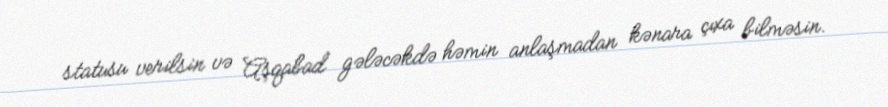
statusu verilsin və Aşqabad gələcəkdə həmin anlaşmadan kənara çıxa bilməsin.